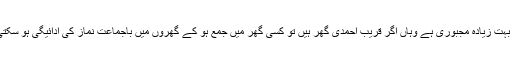
جہاں بہت زیادہ مجبوری ہے وہاں اگر قریب احمدی گھر ہیں تو کسی گھر میں جمع ہو کے گھروں میں باجماعت نماز کی ادائیگی ہو سکتی ہے۔